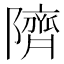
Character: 隮